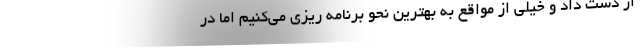
از دست داد و خیلی از مواقع به بهترین نحو برنامه ریزی می‌کنیم اما در